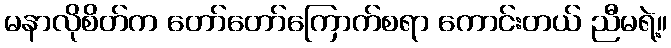
မနာလိုစိတ်က တော်တော်ကြောက်စရာ ကောင်းတယ် ညီမရဲ့။